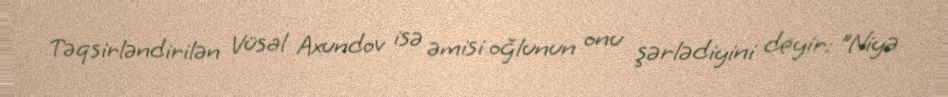
Təqsirləndirilən Vüsal Axundov isə əmisi oğlunun onu şərlədiyini deyir: "Niyə